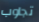
تجاوب